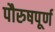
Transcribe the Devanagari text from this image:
पौरुषपूर्ण